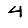
Digit: 4